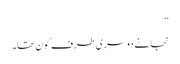
‘‘
نجانے دوسری طرف کون تھا۔